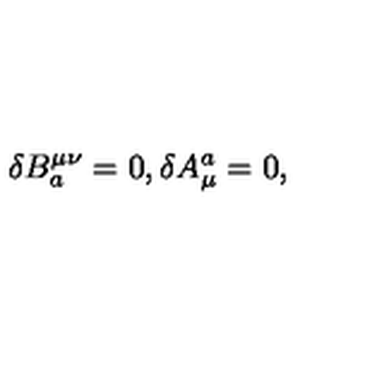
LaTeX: \delta B _ { a } ^ { \mu \nu } = 0 , \delta A _ { \mu } ^ { a } = 0 ,